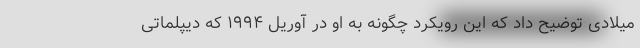
میلادی توضیح داد که این رویکرد چگونه به او در آوریل ۱۹۹۴ که دیپلماتی